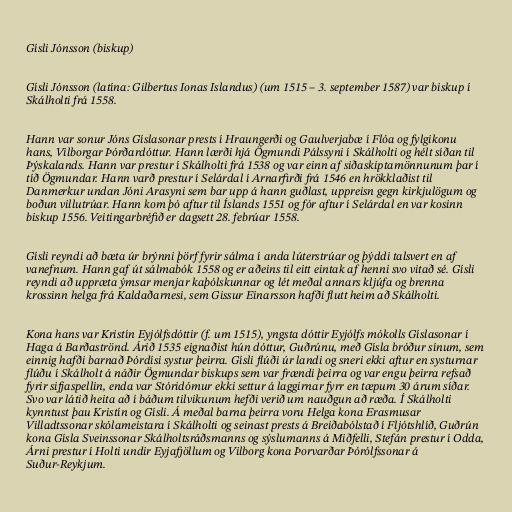
Gísli Jónsson (biskup)

Gísli Jónsson (latína: Gilbertus Ionas Islandus) (um 1515 – 3. september 1587) var biskup í
Skálholti frá 1558.

Hann var sonur Jóns Gíslasonar prests í Hraungerði og Gaulverjabæ í Flóa og fylgikonu
hans, Vilborgar Þórðardóttur. Hann lærði hjá Ögmundi Pálssyni í Skálholti og hélt síðan til
Þýskalands. Hann var prestur í Skálholti frá 1538 og var einn af siðaskiptamönnunum þar í
tíð Ögmundar. Hann varð prestur í Selárdal í Arnarfirði frá 1546 en hrökklaðist til
Danmerkur undan Jóni Arasyni sem bar upp á hann guðlast, uppreisn gegn kirkjulögum og
boðun villutrúar. Hann kom þó aftur til Íslands 1551 og fór aftur í Selárdal en var kosinn
biskup 1556. Veitingarbréfið er dagsett 28. febrúar 1558.

Gísli reyndi að bæta úr brýnni þörf fyrir sálma í anda lúterstrúar og þýddi talsvert en af
vanefnum. Hann gaf út sálmabók 1558 og er aðeins til eitt eintak af henni svo vitað sé. Gísli
reyndi að uppræta ýmsar menjar kaþólskunnar og lét meðal annars kljúfa og brenna
krossinn helga frá Kaldaðarnesi, sem Gissur Einarsson hafði flutt heim að Skálholti.

Kona hans var Kristín Eyjólfsdóttir (f. um 1515), yngsta dóttir Eyjólfs mókolls Gíslasonar í
Haga á Barðaströnd. Árið 1535 eignaðist hún dóttur, Guðrúnu, með Gísla bróður sínum, sem
einnig hafði barnað Þórdísi systur þeirra. Gísli flúði úr landi og sneri ekki aftur en systurnar
flúðu í Skálholt á náðir Ögmundar biskups sem var frændi þeirra og var engu þeirra refsað
fyrir sifjaspellin, enda var Stóridómur ekki settur á laggirnar fyrr en tæpum 30 árum síðar.
Svo var látið heita að í báðum tilvikunum hefði verið um nauðgun að ræða. Í Skálholti
kynntust þau Kristín og Gísli. Á meðal barna þeirra voru Helga kona Erasmusar
Villadtssonar skólameistara í Skálholti og seinast prests á Breiðabólstað í Fljótshlíð, Guðrún
kona Gísla Sveinssonar Skálholtsráðsmanns og sýslumanns á Miðfelli, Stefán prestur í Odda,
Árni prestur í Holti undir Eyjafjöllum og Vilborg kona Þorvarðar Þórólfssonar á
Suður-Reykjum.